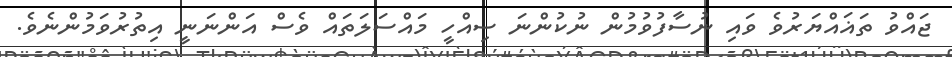
ޖައްވު ތަޣައްޔަރުވެ ވައި ނުސާފުވުމުން ނުކުންނަ ސިއްހީ މައްސަލަތައް ވެސް އަންނަނީ އިތުރުވަމުންނެވެ.